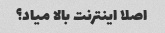
اصلا اینترنت بالا میاد؟